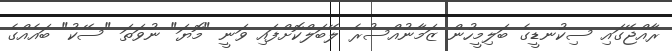
ރާއްޖޭގައި ސިކުނޑީގެ ބަލިމީހުން ޒަމާނުއްސުރެ ލޭބަލްކޮށްފައި ވަނީ "މޮޔަ" ނުވަތަ "ސޭކު" ބައެއްގެ